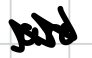
Text: are
Cross-out: zig-zag
Writing tool: digital_black